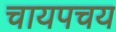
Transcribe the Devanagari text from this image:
चायपचय